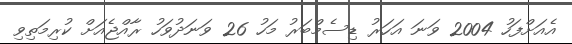
އެއަށްފަހު 2004 ވަނަ އަހަރު ޑިސެމްބަރު މަހު 26 ވަނަދުވަހު ރާއްޖެއަށް ކުރިމަތިވި